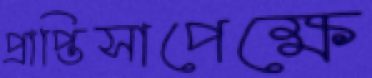
প্রাপ্তিসাপেক্ষে